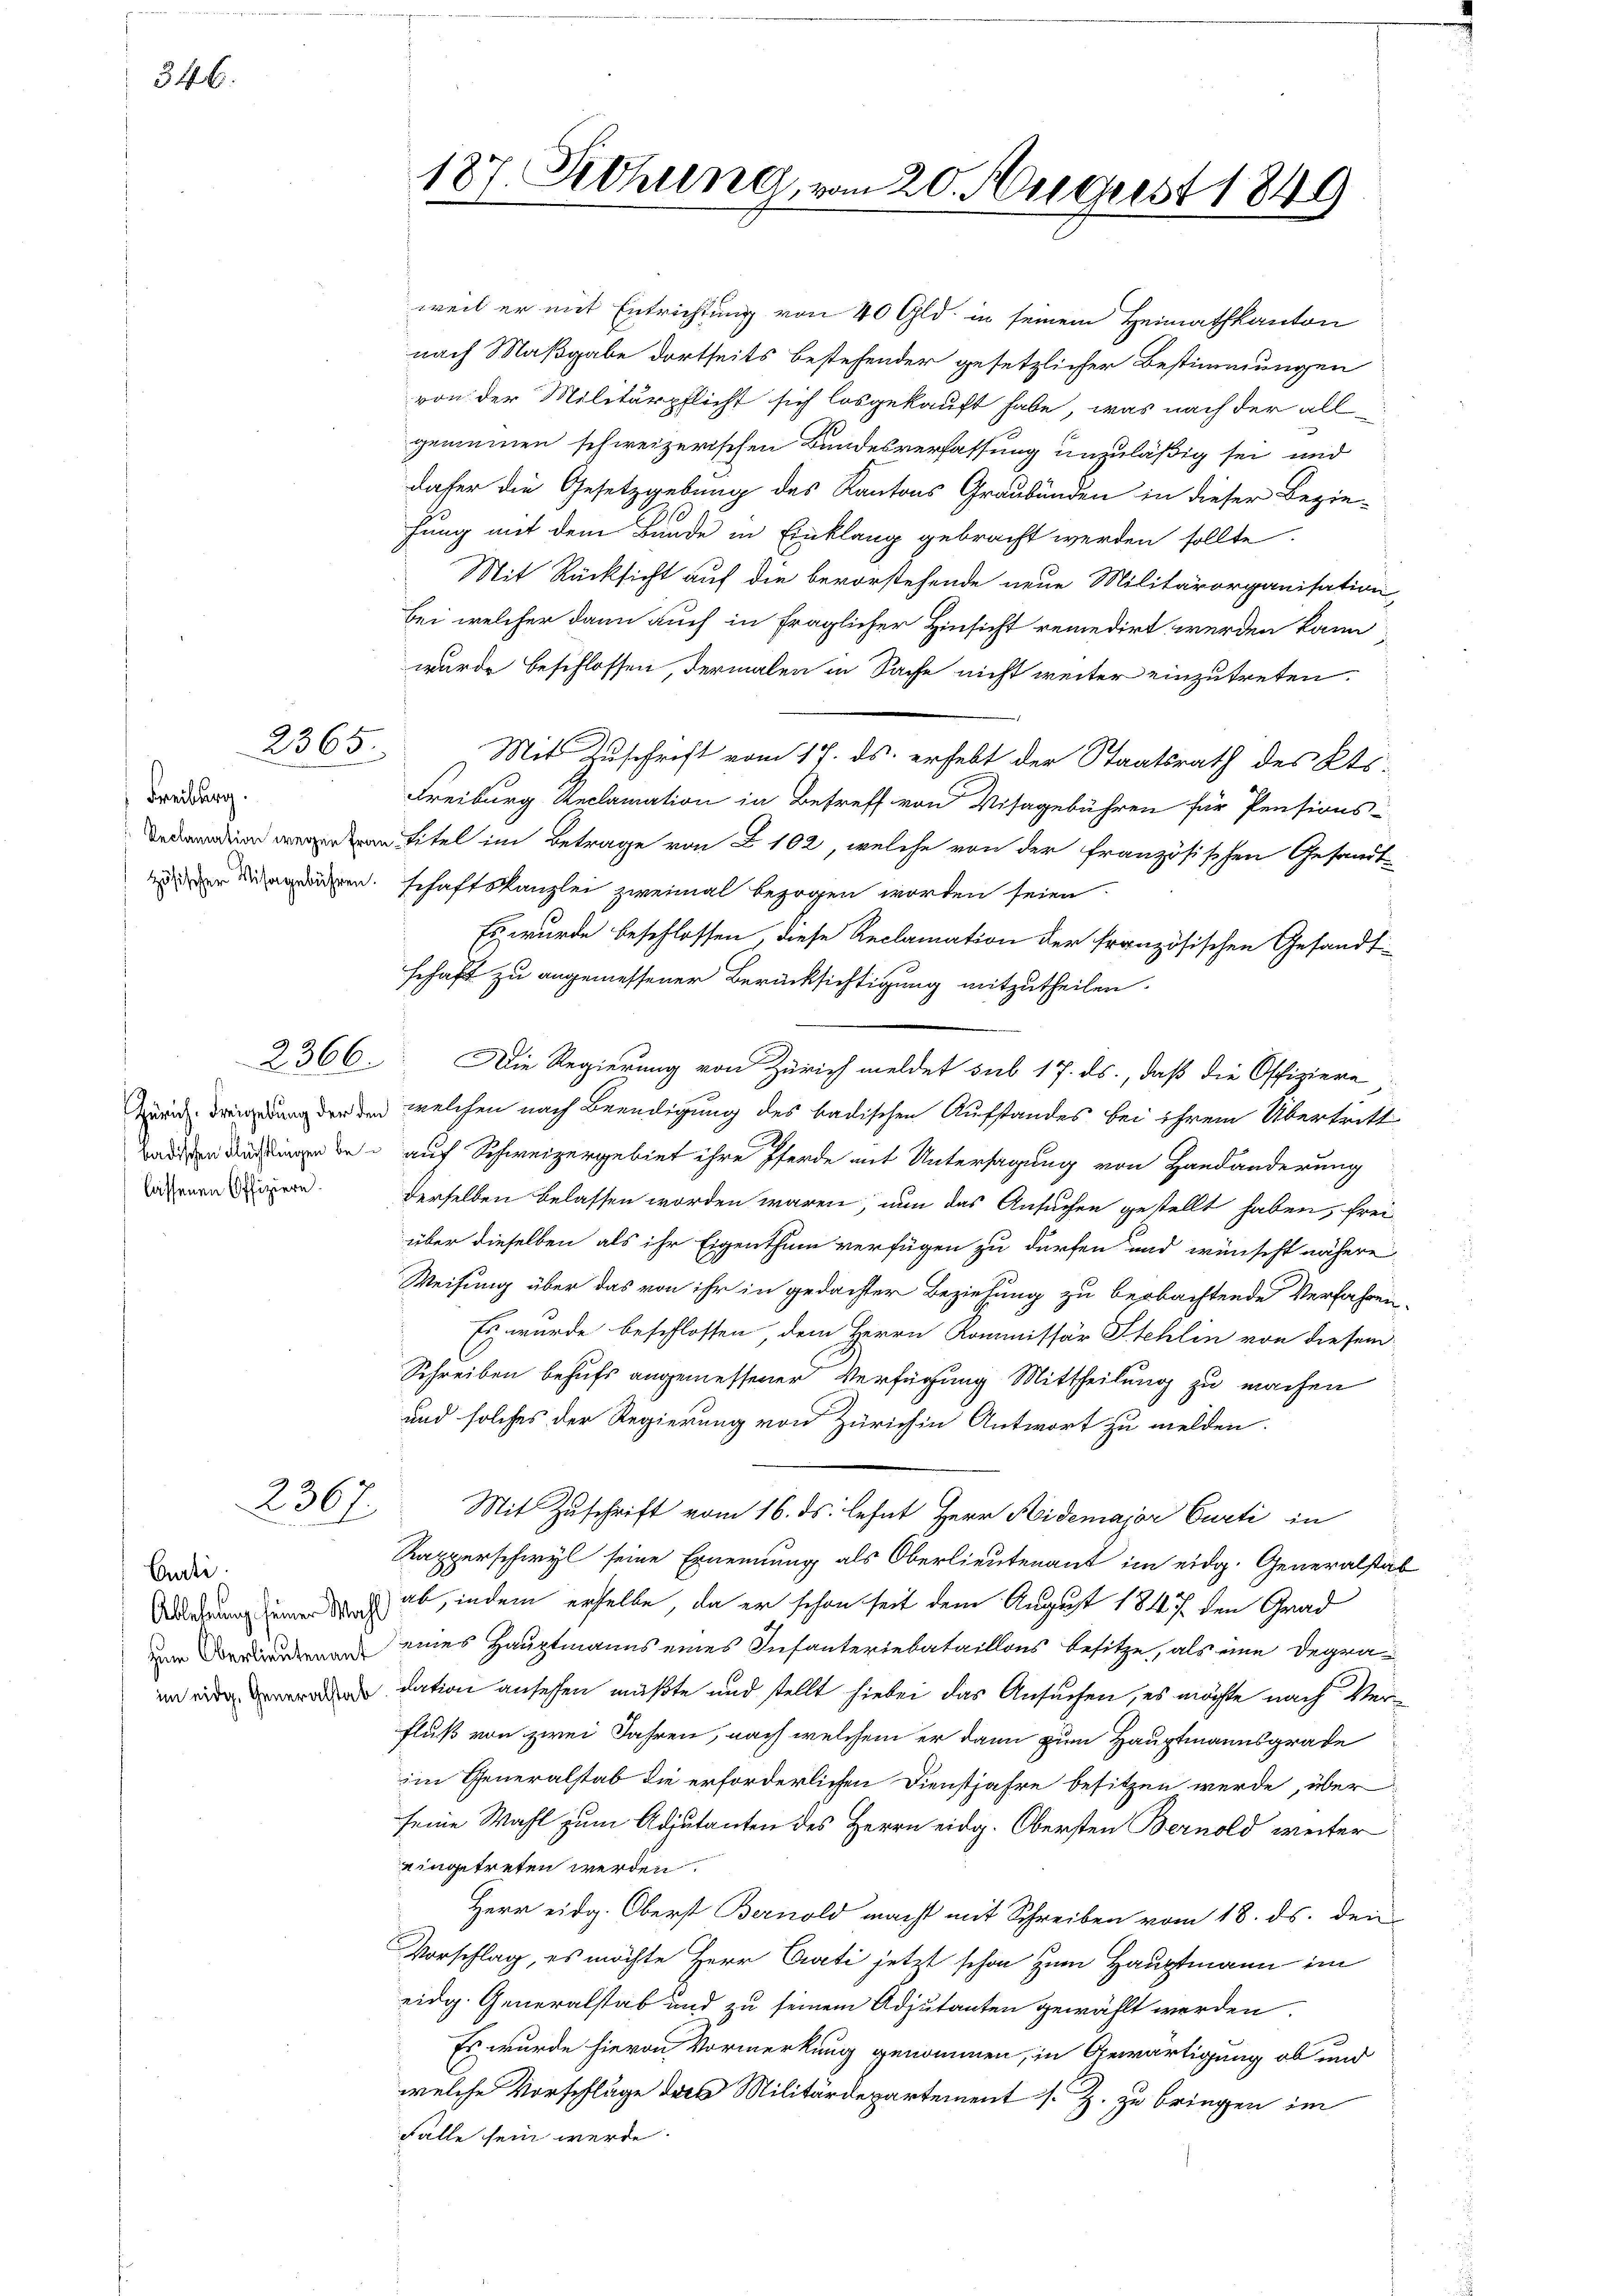
346.

2365.

Freiburg.

lassenen Offiziere.

2367.

Curti.

weil er mit Entrichtung von 40 Gld. in seinem Heimathkanton
nach Maßgabe dortseits bestehender gesetzlicher Bestimmungen
von der Militärpflicht sich losgekauft habe, was nach der allgemeinen schweizerischen Bundesverfassung unzuläßig sei, und
dafer die Gesetzgebung des Kantons Graubünden in dieser Bezie-
fung mit dem Bunde in Einklang gebracht werden sollte.
Mit Rücksicht auf die bevorstehende neue Militärorganisation
bei welcher dann auch in fraglicher Hinsicht remedirt werden kann
wurde beschlossen, dermalen in Sache nicht weiter einzutreten.
Mit Zuschrift vom 17. ds. erhebt der Staatsrath des Kts.
Freiburg Reclamation in Betreff von Visagebühren für Pensions-
 Titel im Betrage von § 102, welche von der französischen Gesandt-
erren schaftskanzlei zweimal bezogen worden seien.
Es wurde beschlossen diese Reclamation der französischen Gesandt-
schaft zu angemessener Berücksichtigung mitzutheilen.
2366. Die Regierung von Zürich meldet sub 17. ds., daß die Offiziere
ng der den welchen nach Beendigung des badischen Aufstandes bei ihrem Übertritt
e auf Schweizergebiet ihre Pferde mit Untersagung von Handänderung
derselben belassen worden wären, nun das Ansuchen gestellt haben, frei
über dieselben als ihr Eigenthum verfügen zu dürfen und wünscht nähere
Weisung über das von ihr in gedachter Beziehung zu beobachtende Verfahren-
Es wurde beschlossen, dem Herrn Kommissär Stehlin von diesem
Schreiben behufs angemessener Verfügung Mittheilung zu machen
und solches der Regierung von Zürich in Antwort zu melden.
Mit Zuschrift vom 16. ds. lehnt Herr Aidemajor Curti in
Rapperschwyl seine Ernennung als Oberlieutenant im eidg. Generalstab
Wurderung und in ab, indem erselbe, da er schon seit dem August 1847 den Grad
m eines Hauptmanns eines Infanteriebataillons besitze, als eine degra¬
 dation ansehen müßte und stellt hiebei das Ansuchen, es möchte nach Ver¬
Fluß von zwei Jahren, nach welchem er dann zum Hauptmannsgrade
im Generalstab die erforderlichen Dienstjahre besitzen werde, über
seine Wahl zum Adjutanten des Herrn eidg. Obersten Bernold weiter
eingetreten werden.
Herr eidg. Oberst Bernold macht mit Schreiben vom 18. ds. den
Vorschlag, es möchte Herr Practi jetzt schon zum Hauptmann im
eidg. Generalstab und zu seinem Adjutanten gewählt werden.
Es wurde hievon Vormerkung genommen, in Gewärtigung ob und
welche Vorschläge des Militärdepartement s. Z. zu bringen im
Fälle sein werde.

187. Siehung, vom 20. August 1849